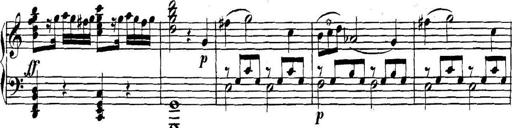
Title: Collected Piano Sonatas
Composer: Muzio Clementi